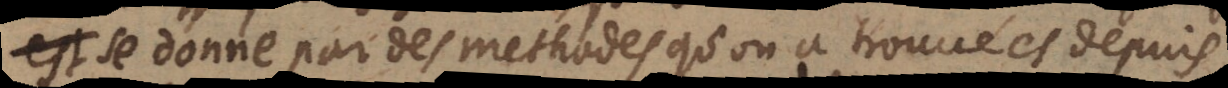
est se donne par des methodes qu’on a trouvées depuis